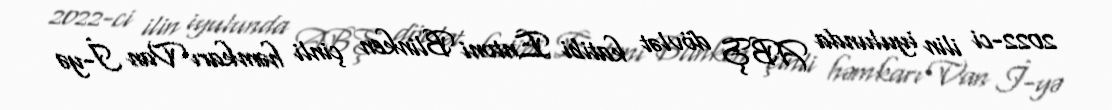
2022-ci ilin iyulunda ABŞ dövlət katibi Entoni Blinken çinli həmkarı Van İ-yə